画像に写った文字を読んでください
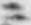
「ニ」と書いてあります